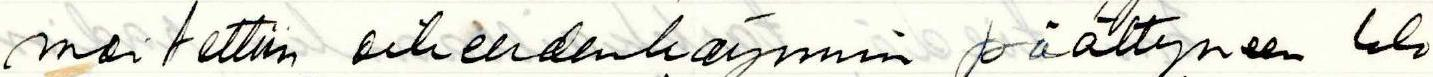
moitettiin oikeudenkäynnin päättyneen klo